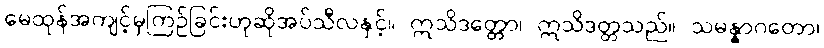
မေထုန်အကျင့်မှကြဉ်ခြင်းဟုဆိုအပ်သီလနှင့်။ ဣသိဒတ္တော၊ ဣသိဒတ္တသည်။ သမန္နာဂတော၊